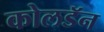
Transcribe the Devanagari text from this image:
कोलडॅन